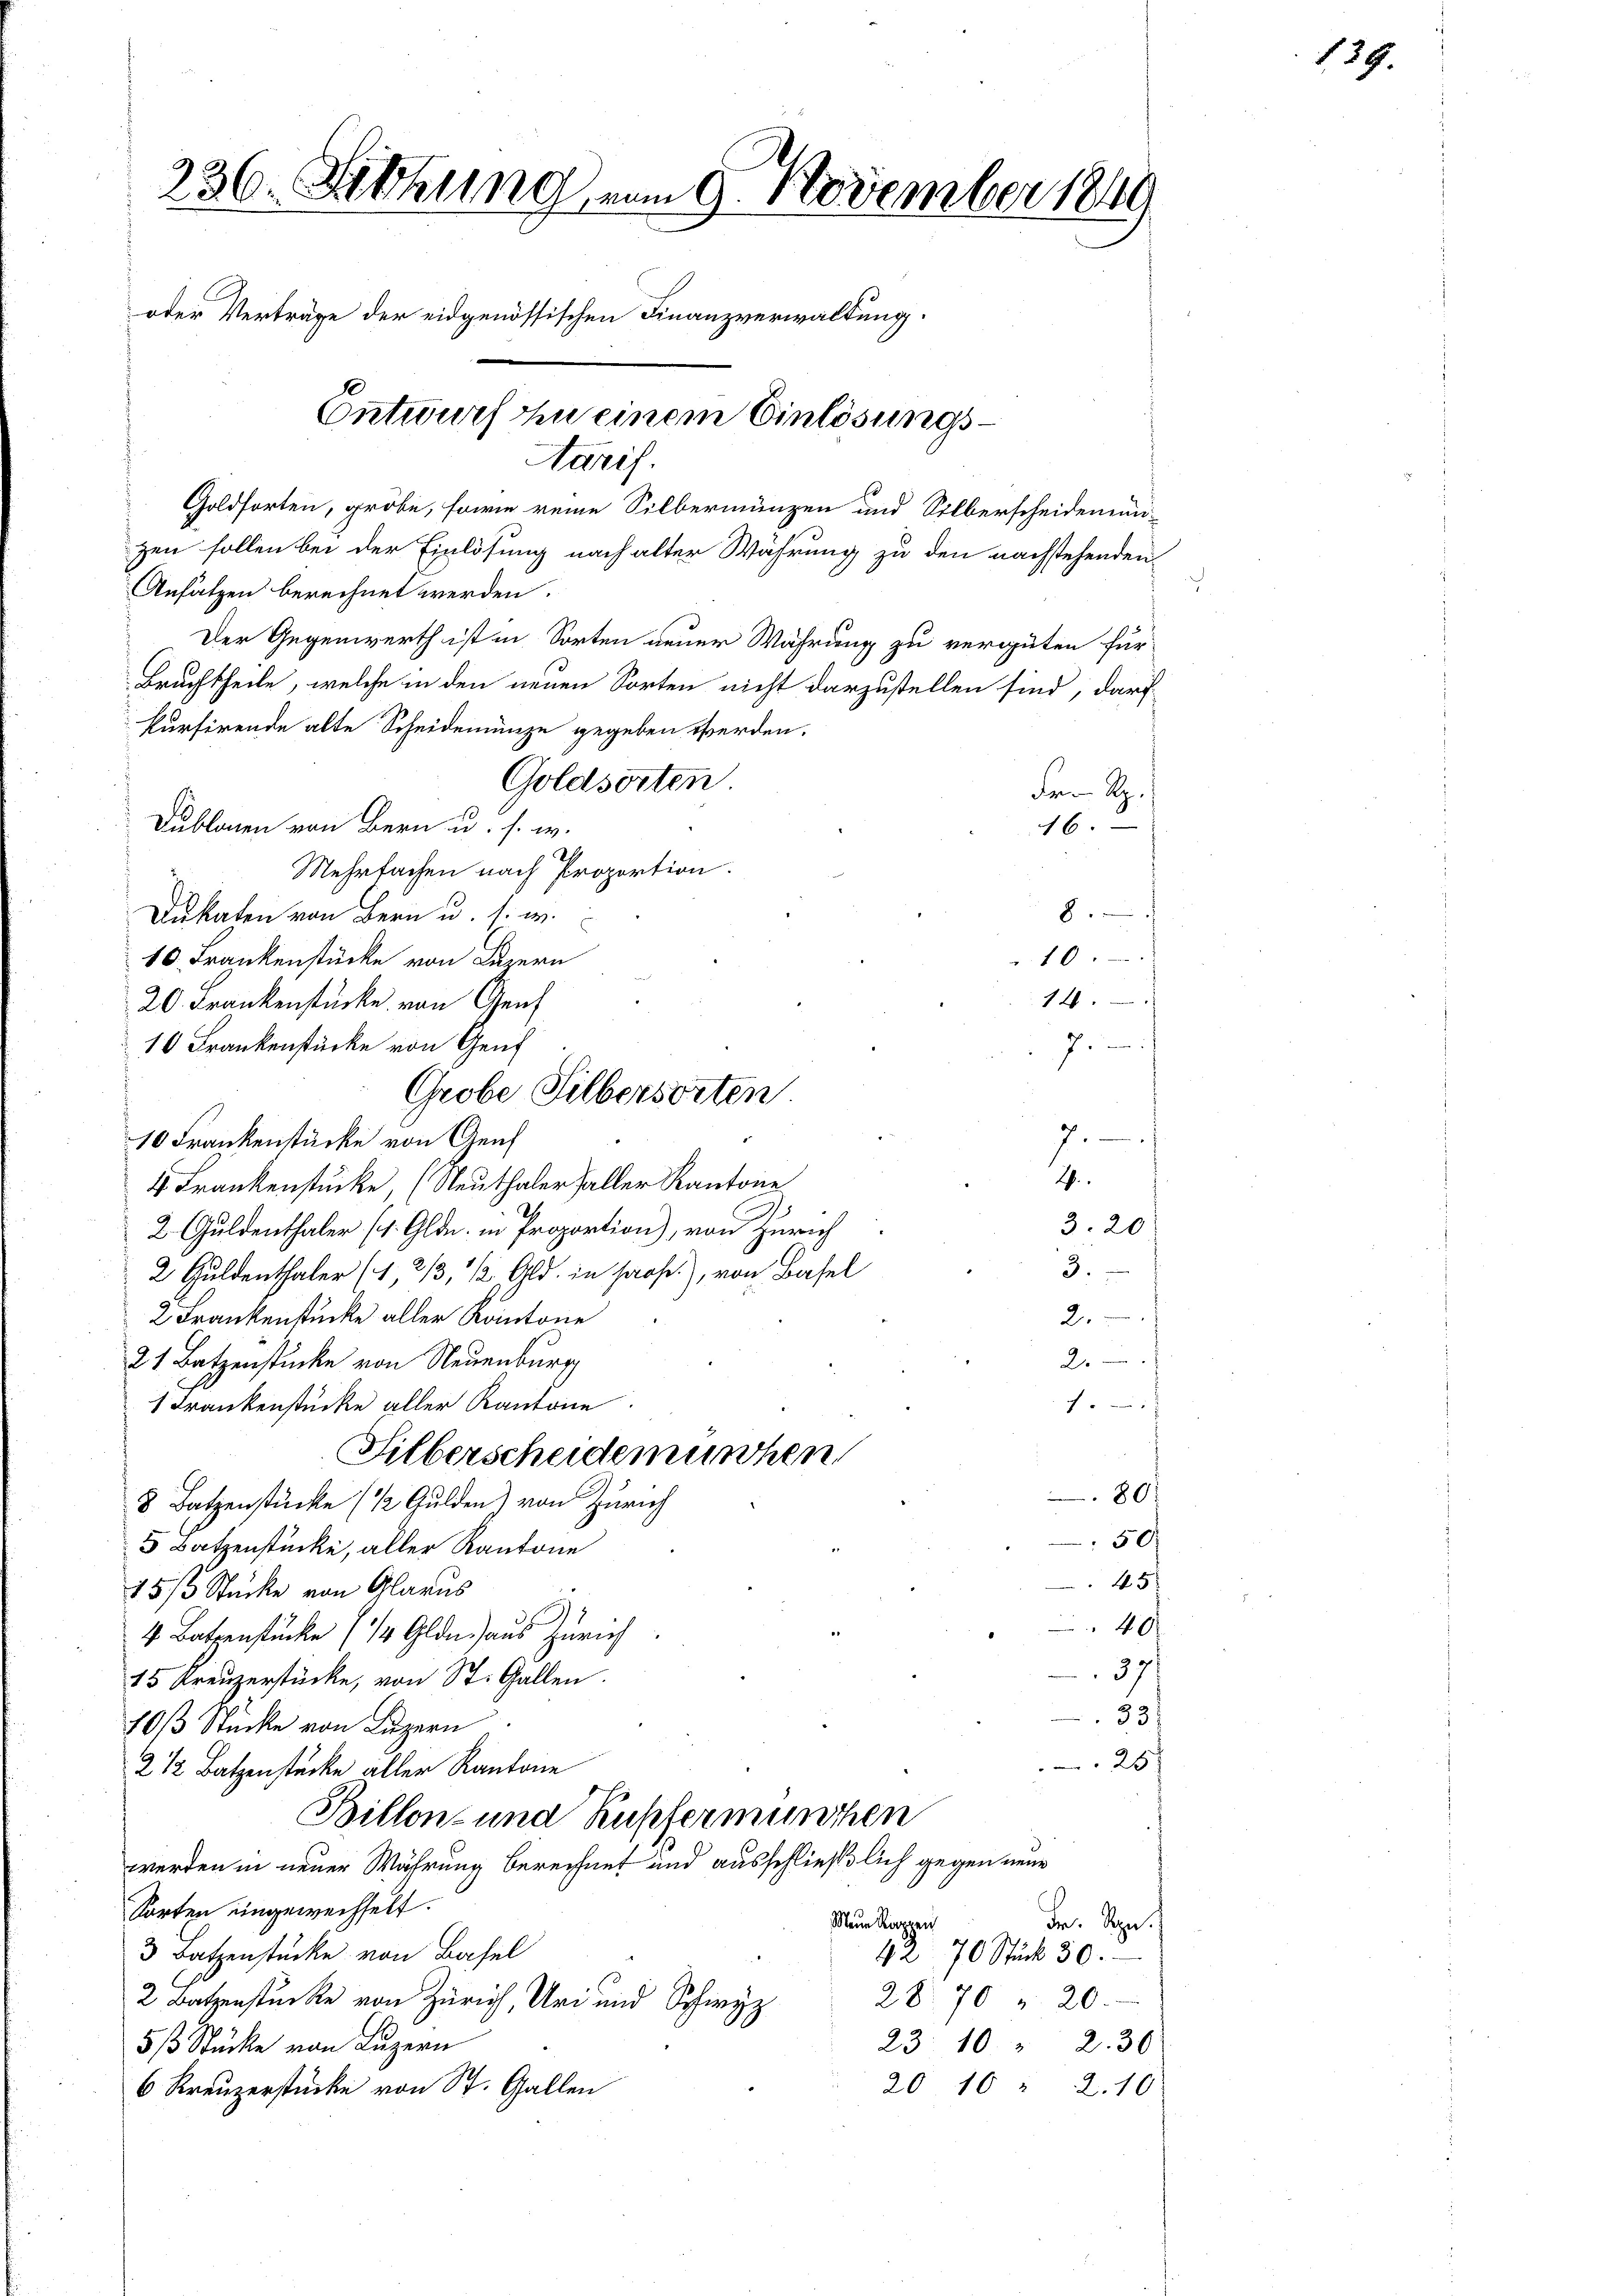
236. Fettung vom 9. November 1849
oder Verträge der eidgenössischen Finanzverwaltung.
Entwurf in einem Einlösungs¬
Aarif.
Goldsorten, gröbe, sowie reine Silbermünzen und Silberscheidenen

zen sollen bei der Einlösung nach alter Währung zu den nachstehenden
Ansätzen berechnet werden.
Der Gegenwerth ist in Sorten neuer Wahrung zu vergüten für
Bruchtheile, welche in den neuen Sorten nicht darzustellen sind, darf
kursirende alte Scheidemünze gegeben werden.
Goldsorten.
Fe R.
Dublonen von Bern u. s. w.
46.
Mehrfachen nach Proportion.
8
Dukaten von Bern u. s. w.
10.
10. Frankenstücke von Luzern
14.
7
7
10 Frankenstücke von Genf
4. Frankenstücke, (Neuthaler aller Kantone
2 Guldenthaler (s. Gld. in Proportion), von Zürich
2 Guldenthaler (1, 213, 1/2 Gld. in Prof.), von Basel
2 Frankenstücke aller Kantone
21 Batzenstücke von Neuenburg
f
1 Krankenstücke aller Kantone
Silberscheidemischen
80.
8 Batzenstücke (12 Gulden) von Zürich
50/
5 Batzenstücke, aller Kantone
45
15/3 Stücke von Glarus
)
40.
4 Batzenstücke (½ Gldn aus Zürich
371
15 Kreuzerstücke, von St. Gallen.
33
70/3 Stücke von Luzern
25
2 12 Batzenstücke aller Kantone
Billen- und Kupfermunden
werden in neuer Währung berechnet und ausschließlich gegen neue
s
Sorten eingewechselt.
Mein Rappen
Fr. Rpn.
3 Batzenstücke von Basel
42 70 Stück 30.
28. 70 " 20.
2 Batzenstücke von Zürich, Uri und Schwyz
23 10 " 2. 30
5/3 Stücke von Luzern
20 10 " 2.10
6 Kreuzerstücke von St. Gallen

20. Frankenstücke von Genf

10 Frankenstücke von Genf

Grobe Silbersorten

2
3. 20
3.
2.
2.

139.